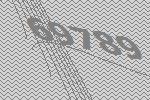
69789